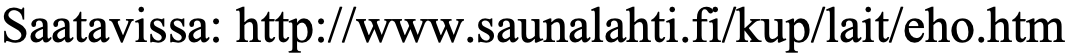
Saatavissa: http://www.saunalahti.fi/kup/lait/eho.htm